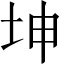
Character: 坤